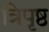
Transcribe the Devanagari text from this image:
त्रिपृष्ठ